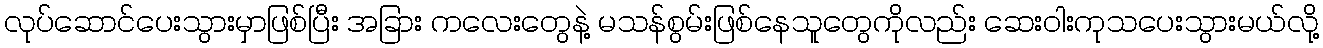
လုပ်ဆောင်ပေးသွားမှာဖြစ်ပြီး အခြား ကလေးတွေနဲ့ မသန်စွမ်းဖြစ်နေသူတွေကိုလည်း ဆေးဝါးကုသပေးသွားမယ်လို့